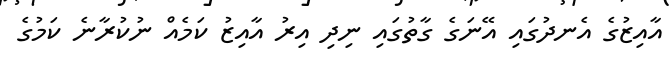
އާއިޒުގެ އެނދުގައި އޭނަގެ ގާތުގައި ނިދި އިރު އާއިޒު ކަމެއް ނުކުރާނެ ކަމުގެ